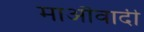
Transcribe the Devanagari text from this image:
माऒवादी